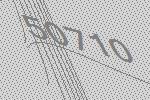
50710